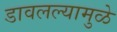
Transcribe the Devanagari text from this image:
डावलल्यामुळे